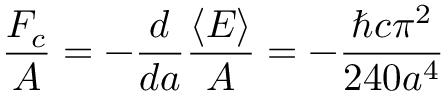
{ \frac { F _ { c } } { A } } = - { \frac { d } { d a } } { \frac { \langle E \rangle } { A } } = - { \frac { \hbar c \pi ^ { 2 } } { 2 4 0 a ^ { 4 } } }